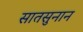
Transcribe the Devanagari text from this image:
सातसुनान